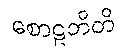
စောဠဘိတိ